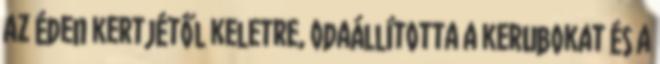
az Éden kertjétől keletre, odaállította a kerubokat és a